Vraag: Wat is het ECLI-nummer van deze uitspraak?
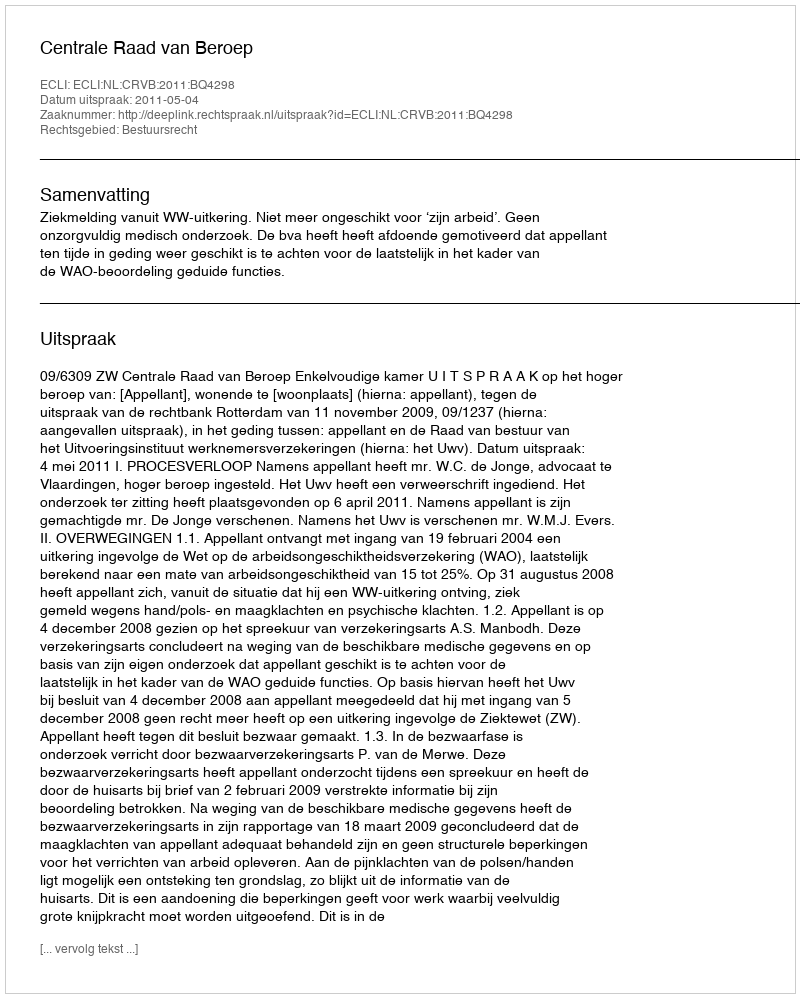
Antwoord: ECLI:NL:CRVB:2011:BQ4298